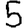
Digit: 5